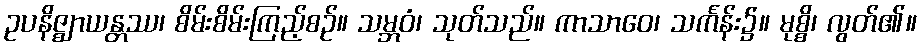
ဥပနိဇ္ဈာယန္တဿ၊ စိမ်းစိမ်းကြည့်စဉ်။ သမ္ဘဝံ၊ သုတ်သည်။ ကာသာဝေ၊ သင်္ကန်း၌။ မုစ္စိ၊ လွတ်၏။